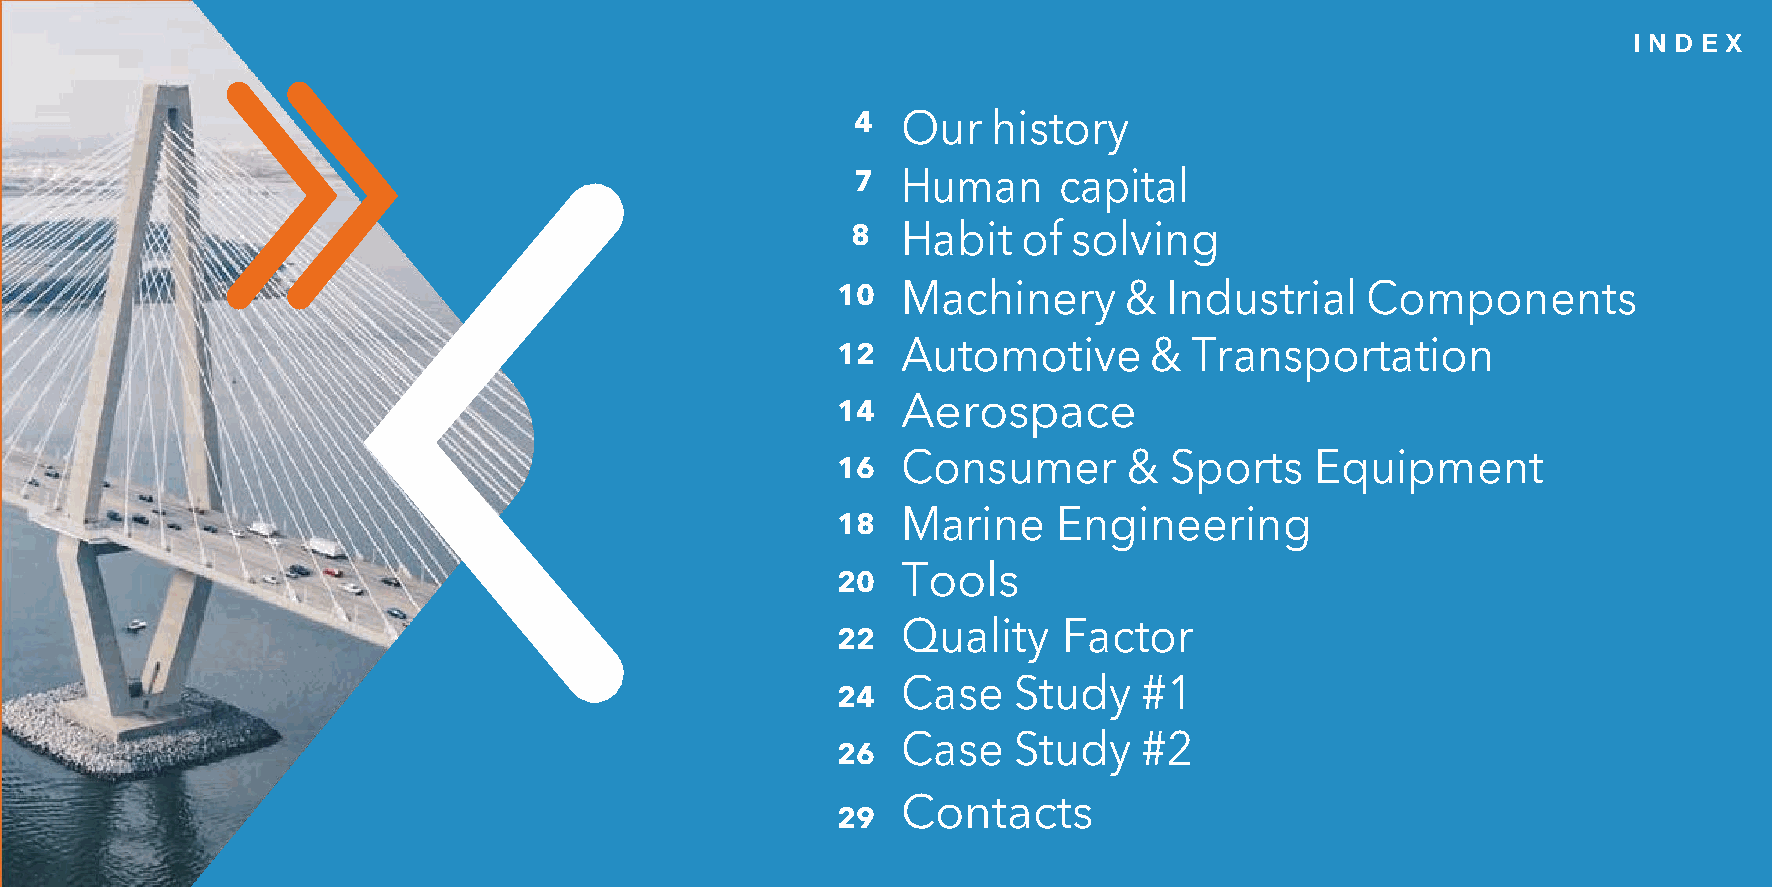
I N D E X
 4  Our   history
 7  Human     capital
 8   Habit   of solving
 10   Machinery      & Industrial   Components
 Automotive      &  Transportation
 12
 Aerospace
 14
 Consumer       & Sports    Equipment
 16
 Marine    Engineering
 18
 Tools
 20
 Quality   Factor
 22
 Case   Study    #1
 24
 Case   Study    #2
 26
 Contacts
 29